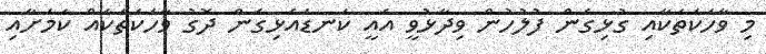
މި ވާހަކަތަކާއި ގުޅިގެން ފުލުހުން ވިދާޅުވީ އެއީ ކަނޑައެޅިގެން ދޮގު ވާހަކަތަކެއް ކަމަށާއި